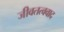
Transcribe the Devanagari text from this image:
जीवतत्ववाद